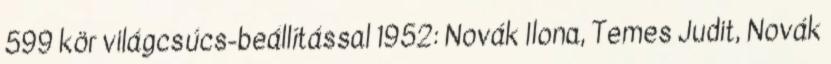
599 kör világcsúcs-beállítással 1952: Novák Ilona, Temes Judit, Novák